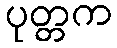
ပုတ္တက